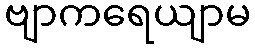
ဗျာကရေယျာမ